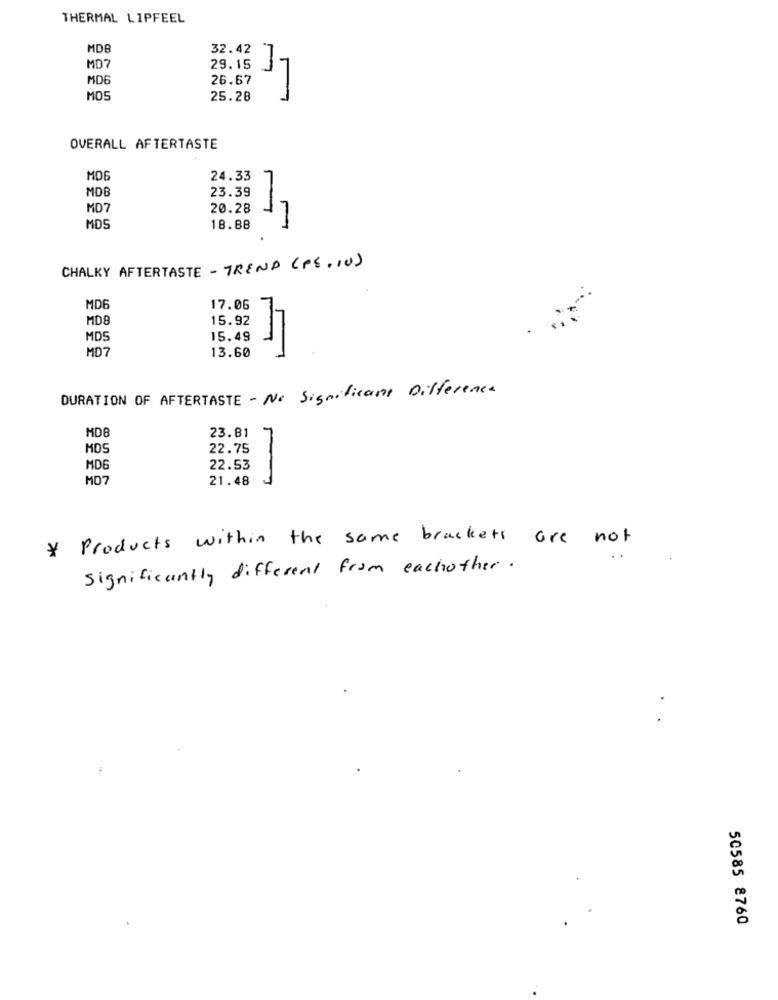
THERMAL LIPFEEL
MDB
32.42
MD7
MD6
26.67
29.15 17
MOS
25.28
OVERALL AFTERTASTE
MDG
24.33
MDB
23.39
MD7
20.28
MDS
18.88
CHALKY AFTERTASTE - TREND (PE.10)
MD6
17.06
MD8
15.92
MDS
15.49
MD7
13.60
DURATION OF AFTERTASTE - No Significant Difference
MD8
23.81
MOS
22.75
MD6
22.53
MO7
21.48
* Products within the same brackets are not
significantly different from eachother.
50585 8760